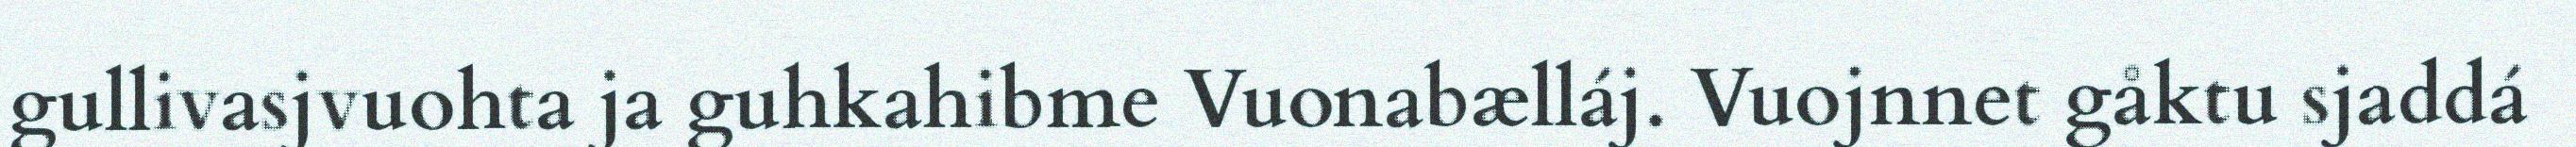
gullivasjvuohta ja guhkahibme Vuonabælláj. Vuojnnet gåktu sjaddá